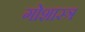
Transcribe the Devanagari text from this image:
गोशास्त्र